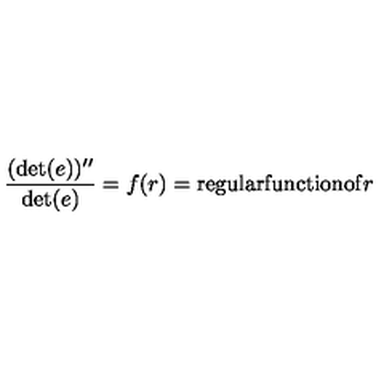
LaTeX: { \frac { ( \det ( e ) ) ^ { \prime \prime } } { \det ( e ) } } = f ( r ) = \mathrm { r e g u l a r f u n c t i o n o f } r